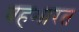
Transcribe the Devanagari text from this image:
वहभारत